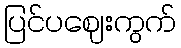
ပြင်ပဈေးကွက်